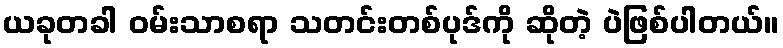
ယခုတခါ ဝမ်းသာစရာ သတင်းတစ်ပုဒ်ကို ဆိုတဲ့ ပဲဖြစ်ပါတယ်။